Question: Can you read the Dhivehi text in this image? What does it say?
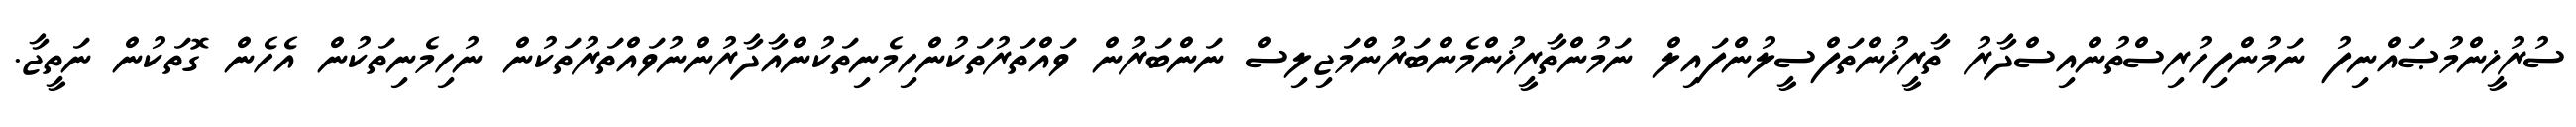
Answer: ސުރުޚީންމުޞައްނިފު ނަމުންފިހުރިސްތުންއިސްދާރު ތާރީޚުންތަފްސީލުންފައިލް ނަމުންތާރީޚުންމެންބަރުންމަޖިލިސް ނަންބަރުން ވައްތަރުތަކުންހިމެނިތަކުންއާދާރުންނުވައްތަރުތަކުން ނުހިމެނިތަކުން އެހެން ގޮތަކުން ނަތީޖާ.